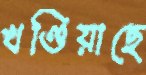
খণ্ডিয়াছে